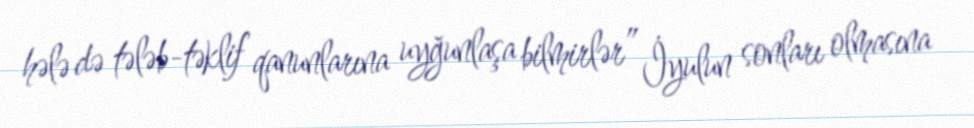
hələ də tələb-təklif qanunlarına uyğunlaşa bilmirlər” İyulun sonları olmasına